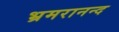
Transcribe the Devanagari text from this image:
भ्रमरानन्‍द